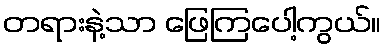
တရားနဲ့သာ ဖြေကြပေါ့ကွယ်။